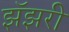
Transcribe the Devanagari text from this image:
झॅझरी